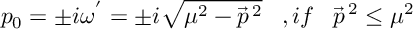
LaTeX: p _ { 0 } = \pm i { \omega } ^ { ' } = \pm i \sqrt { { \mu } ^ { 2 } - { \vec { p } } ^ { \, 2 } } \; \; \; , i f \; \; \; { \vec { p } } ^ { \, 2 } \leq { \mu } ^ { 2 }